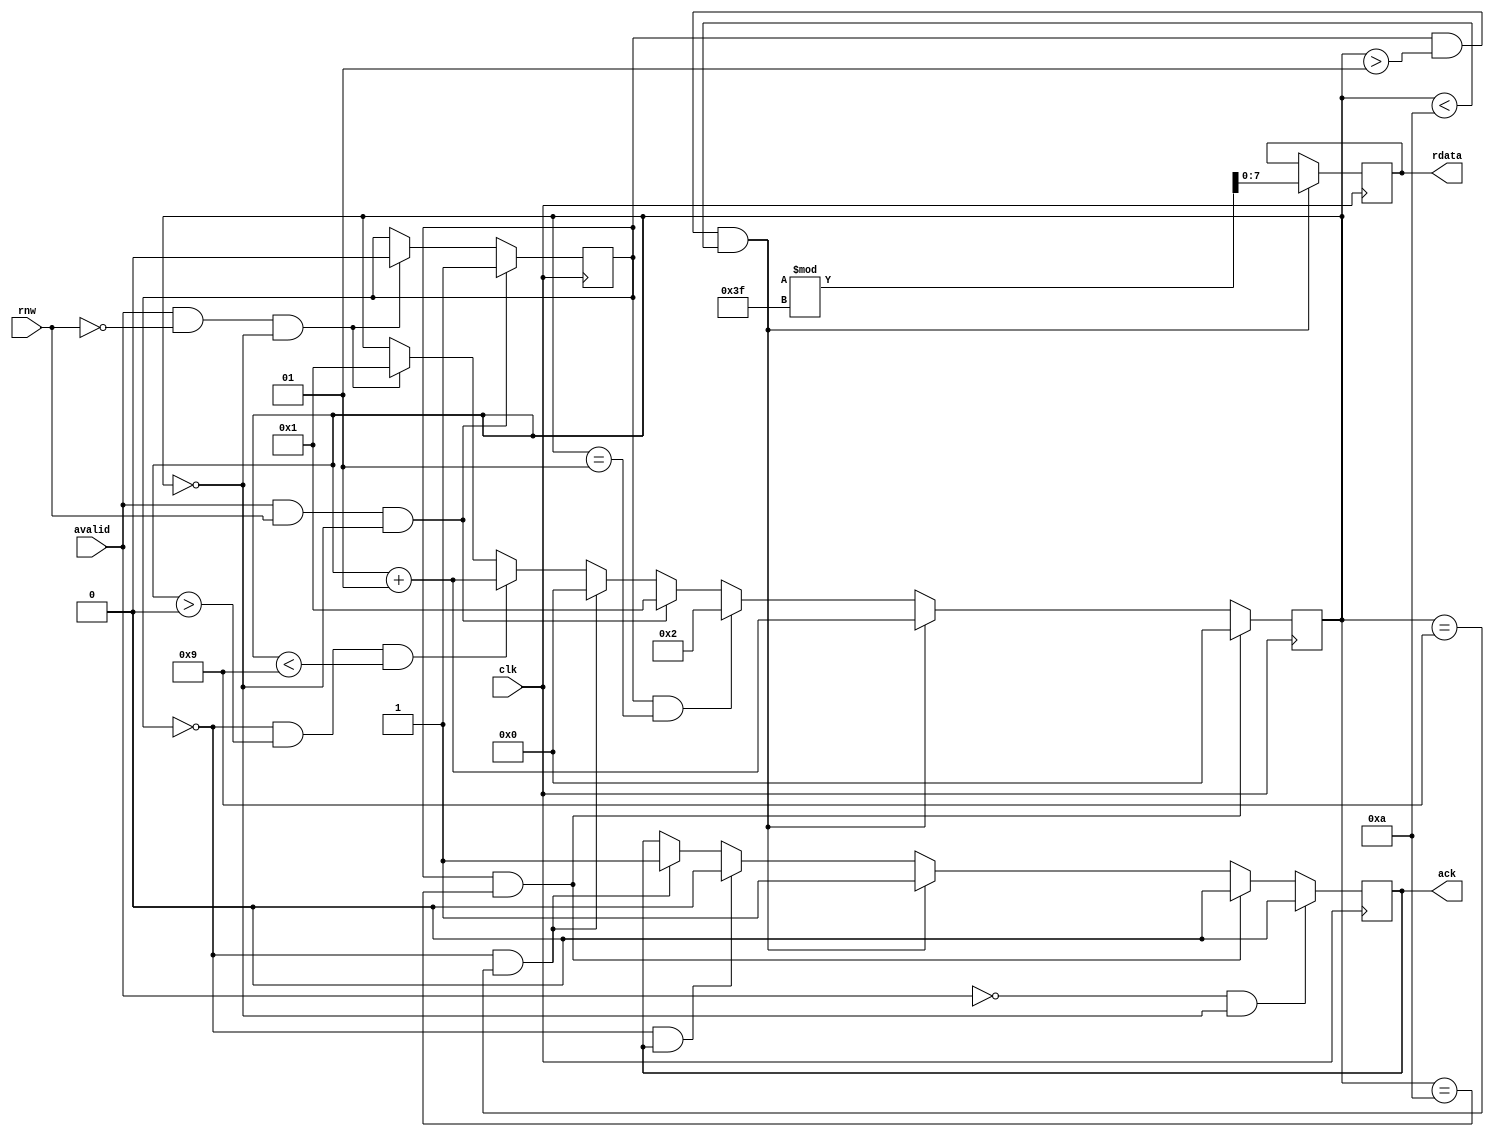
`timescale 1ns / 1ps
//////////////////////////////////////////////////////////////////////////////////
// Company: 
// Engineer: 
// 
// Design Name: 
// Module Name: ram
// Project Name: 
// Target Devices: 
// Tool Versions: 
// Description: 
// 
// Dependencies: 
// 
// Revision:
// Revision 0.01 - File Created
// Additional Comments:
// 
//////////////////////////////////////////////////////////////////////////////////


module ram(
    input clk,
    input avalid,
    input rnw,
    
    output reg ack,
    output reg [7:0]rdata
    );
    
    integer i = 0;
    
    reg rw = 'b0;
    

    always @(posedge clk) begin
        if(avalid == 'b1 && rnw == 'b0 && i == 0) begin
            rw <= 'b0;
            i <= 1;
        end
        if(rw == 'b0 && i > 0 && i < 9)
            i <= i+1;
        if(rw == 'b0 && i == 9)begin
            i <= 0;
            ack <= 'b1;
        end
        if(rw == 'b0 && ack == 'b1)begin
            ack <= 'b0;
        end
        if(avalid == 'b1 && rnw == 'b1 && i == 0) begin
            rw <= 'b1;
            i <= 1;
        end
        if(rw == 'b1 && i == 1)begin
            i <= 2;
        end
        if(rw == 'b1 && i >1 && i < 10)begin
            i <= i + 1;
            rdata <= $urandom%63;
            ack <= 1;
        end
       if(rw == 'b1 && i == 10)begin
            i <= 0;
            ack <= 'b0;
        end 
       if(avalid == 'b0 && i == 0)
            ack <= 'b0;
    end
endmodule